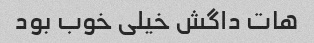
هات داگش خیلی خوب بود